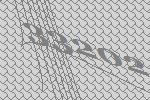
33202